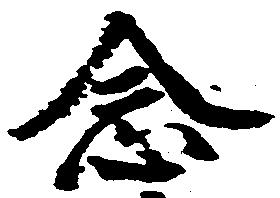
念